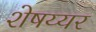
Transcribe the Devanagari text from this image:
शेषय्यर